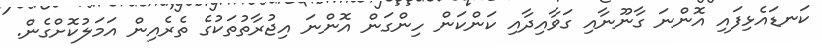
ކަނޑައެޅިފައި އޮންނަ ގާނޫނާއި ގަވާއިދާއި ކަންކަން ހިންގަން އޮންނަ އިޖުރާތުތަކުގެ ތެރެއިން އަމަލުކޮށްގެން.